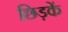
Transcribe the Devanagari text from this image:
छिड़कें